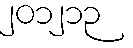
၂၀၁၂၁၃